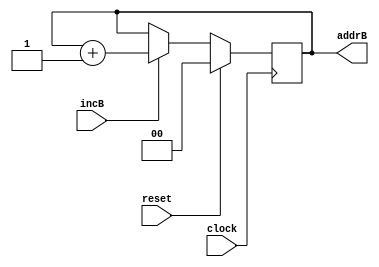
module BitCounter2 (incB, reset, clock, addrB);
  
input incB;
input clock;
input reset;

output [1:0] addrB;
reg [1:0] addrB;
 
  // Set the initial value
initial
addrB = 2'b00;
 
  // Increment count on clock
always @(posedge clock)
begin
    if (reset == 1'b1)
      addrB = 2'b00;
    else if (incB)
      addrB = addrB + 2'b01;
 end
endmodule